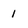
Character: 1